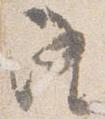
隆